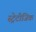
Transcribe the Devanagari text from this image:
स्ट्रेटीजिक